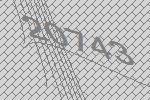
20743